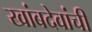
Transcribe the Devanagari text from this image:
खांबदेवांची